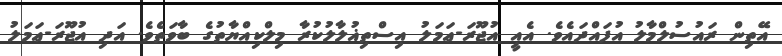
އޭތިން ރައުސުލްމާލު އުފައްދައެވެ. އެއީ އުޖޫރަ-ޢަމަލު އިސްތިޣުލާލުކުރާ މިލްކިއްޔާތުގެ ބާވަތެވެ. އަދި އުޖޫރަ-ޢަމަލު